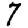
Digit: 7